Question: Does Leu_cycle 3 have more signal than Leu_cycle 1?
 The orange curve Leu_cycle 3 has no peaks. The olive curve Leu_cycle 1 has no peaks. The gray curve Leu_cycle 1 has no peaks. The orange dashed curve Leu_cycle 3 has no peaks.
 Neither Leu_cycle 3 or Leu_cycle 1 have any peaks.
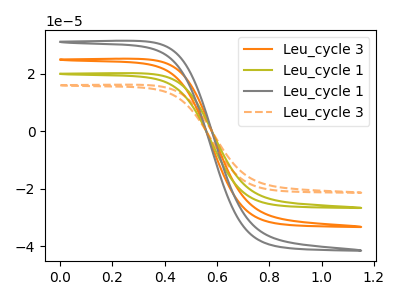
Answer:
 <answer>I cant tell if "Leu_cycle 3" or "Leu_cycle 1" has more signal.</answer>
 <eval>mixed_signal</eval>